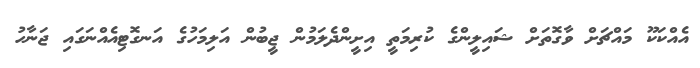
އެއްކަކޫ މައްޗަށް ވާގޮތަށް ޝައިލީންގެ ކުރިމަތީ އިށީންދެލަމުން ޖީބުން އަލިމަހުގެ އަނގޮޓިއެއްނަގައި ޖަނާހު